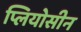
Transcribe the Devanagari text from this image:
प्लियोसीन